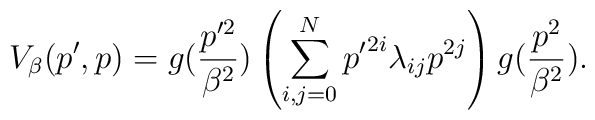
V_\beta(p',p)=g(\frac{p'^2}{\beta^2}) \left(\sum_{i,j=0}^{N} {p'}^{2i} \lambda_{ij} p^{2j}\right) g(\frac{p^2}{\beta^2}).